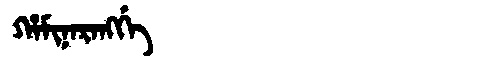
Manchu: ᡥᠠᠮᡳᠨᠠᡵᠠᠩᡤᡝ
Romanization: HAMINARANGGE